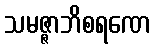
သမဇ္ဇာဘိစရဏေ